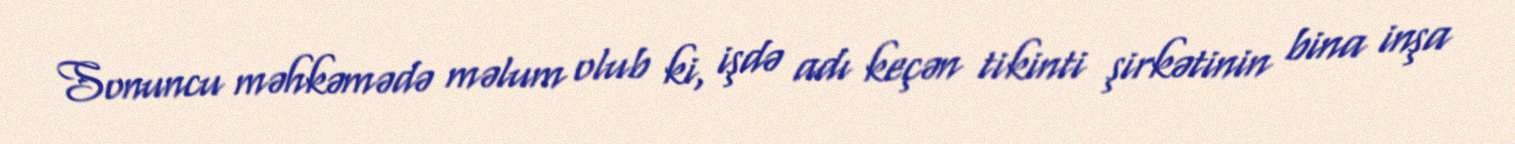
Sonuncu məhkəmədə məlum olub ki, işdə adı keçən tikinti şirkətinin bina inşa